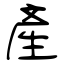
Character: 產